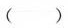
()